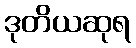
ဒုတိယဆုရ